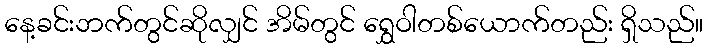
နေ့ခင်းဘက်တွင်ဆိုလျှင် အိမ်တွင် ရွှေဝါတစ်ယောက်တည်း ရှိသည်။